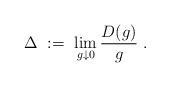
LaTeX: \begin{align*} \Delta \ := \ \lim_{g \downarrow 0} \frac{D(g)}{g} \ .\end{align*}